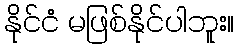
နိုင်ငံ မဖြစ်နိုင်ပါဘူး။